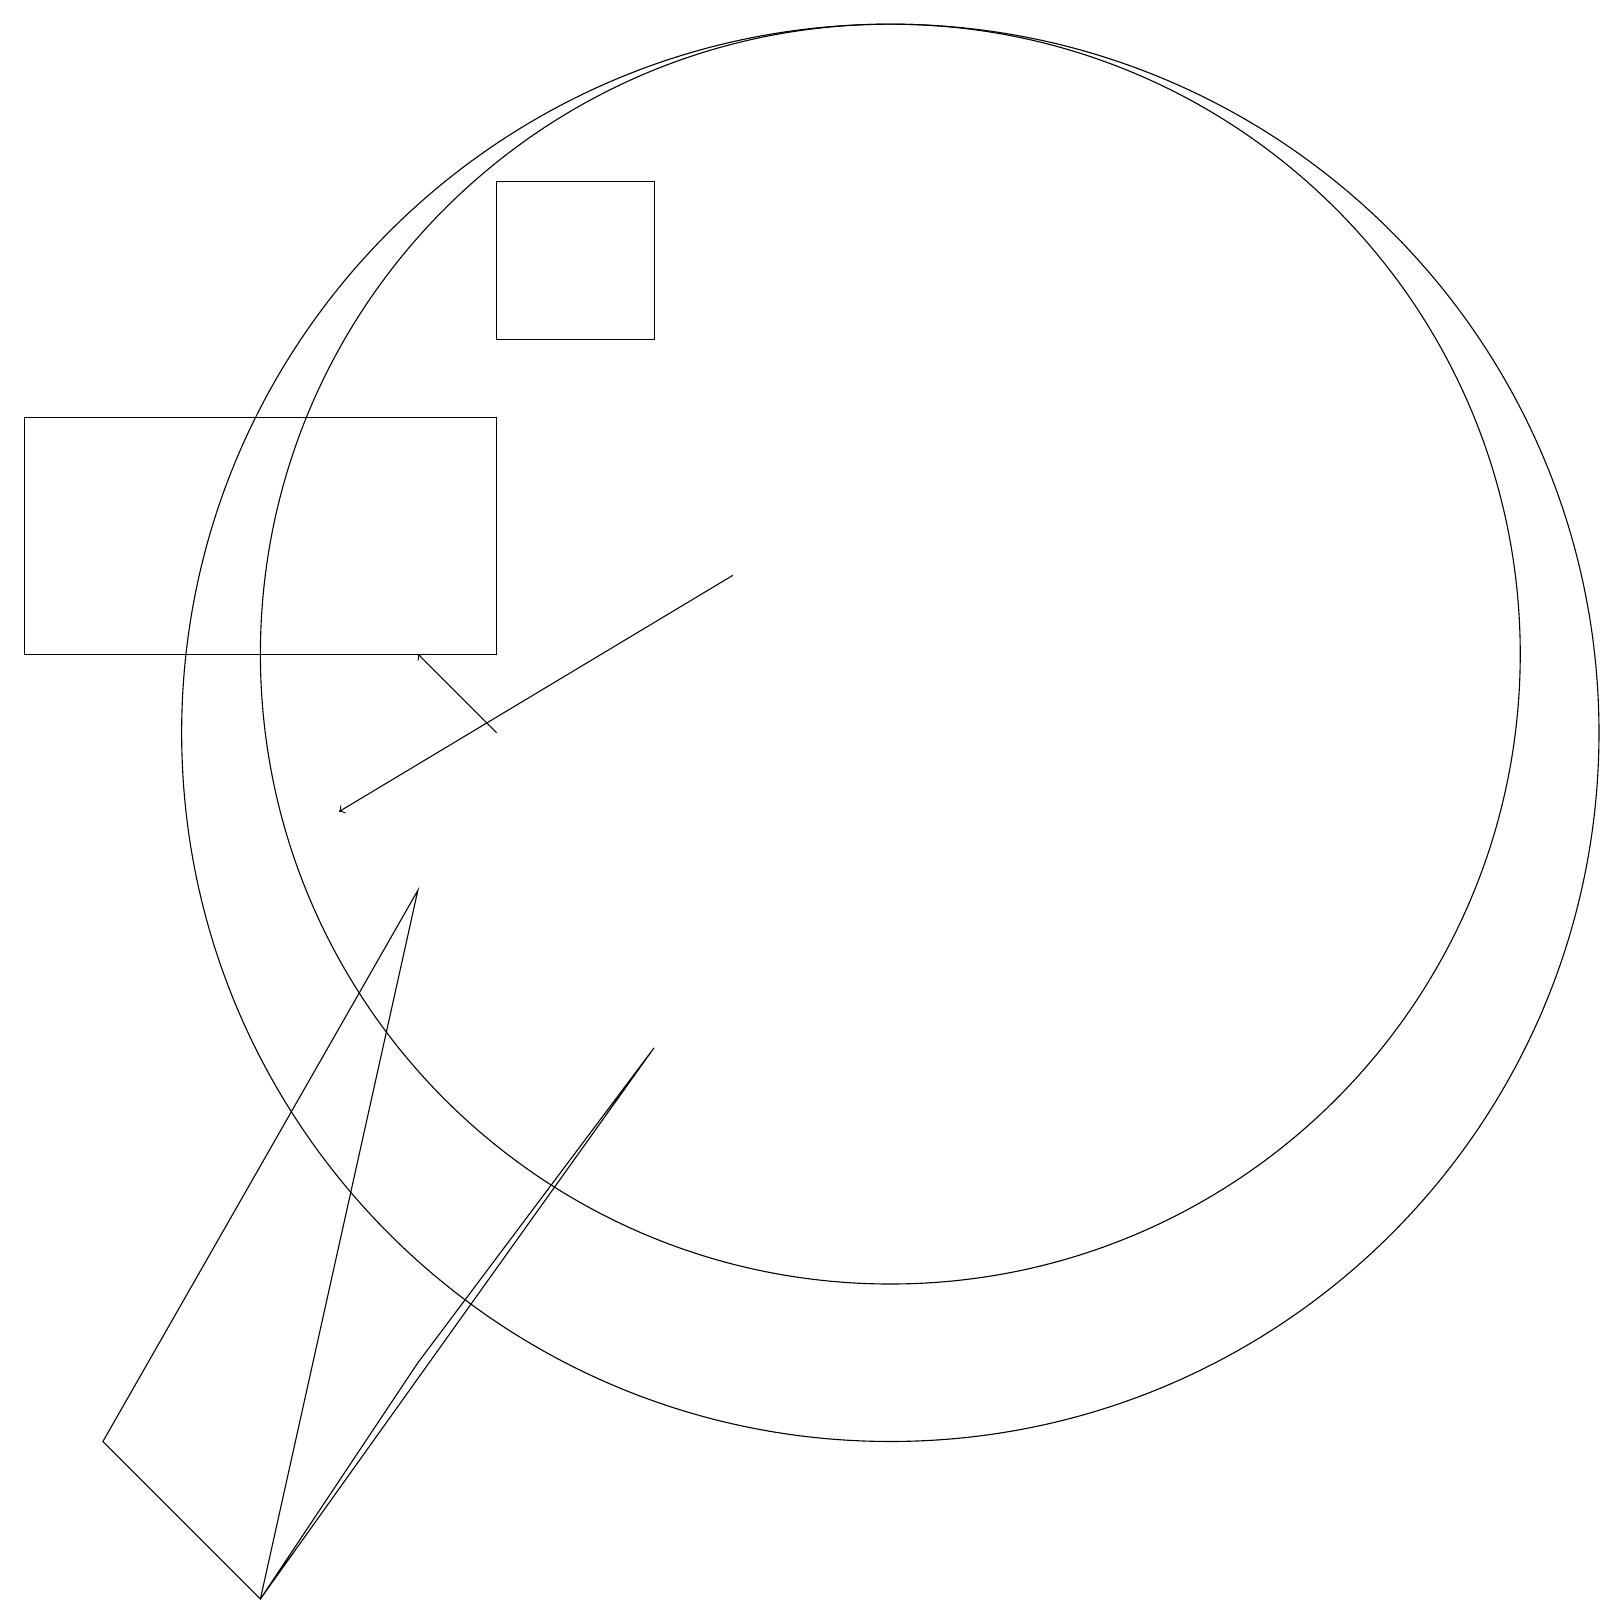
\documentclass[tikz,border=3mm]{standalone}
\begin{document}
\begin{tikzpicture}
\draw (8,7) -- (5,3) -- (3,0) -- cycle;
\draw (8,18) rectangle (6,16);
\draw (0,15) rectangle (6,12);
\draw (5,9) -- (1,2) -- (3,0) -- cycle;
\draw[->] (6,11) -- (5,12);
\draw (11,11) circle (9);
\draw[->] (9,13) -- (4,10);
\draw (11,12) circle (8);
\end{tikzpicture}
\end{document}